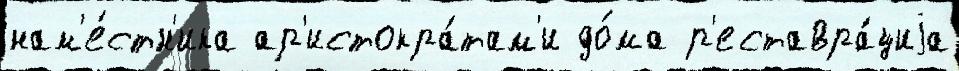
нам'е́стн'ика ар'истокра́там'и до́ма р'еставра́циjа